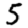
Digit: 5